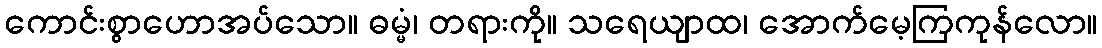
ကောင်းစွာဟောအပ်သော။ ဓမ္မံ၊ တရားကို။ သရေယျာထ၊ အောက်မေ့ကြကုန်လော။